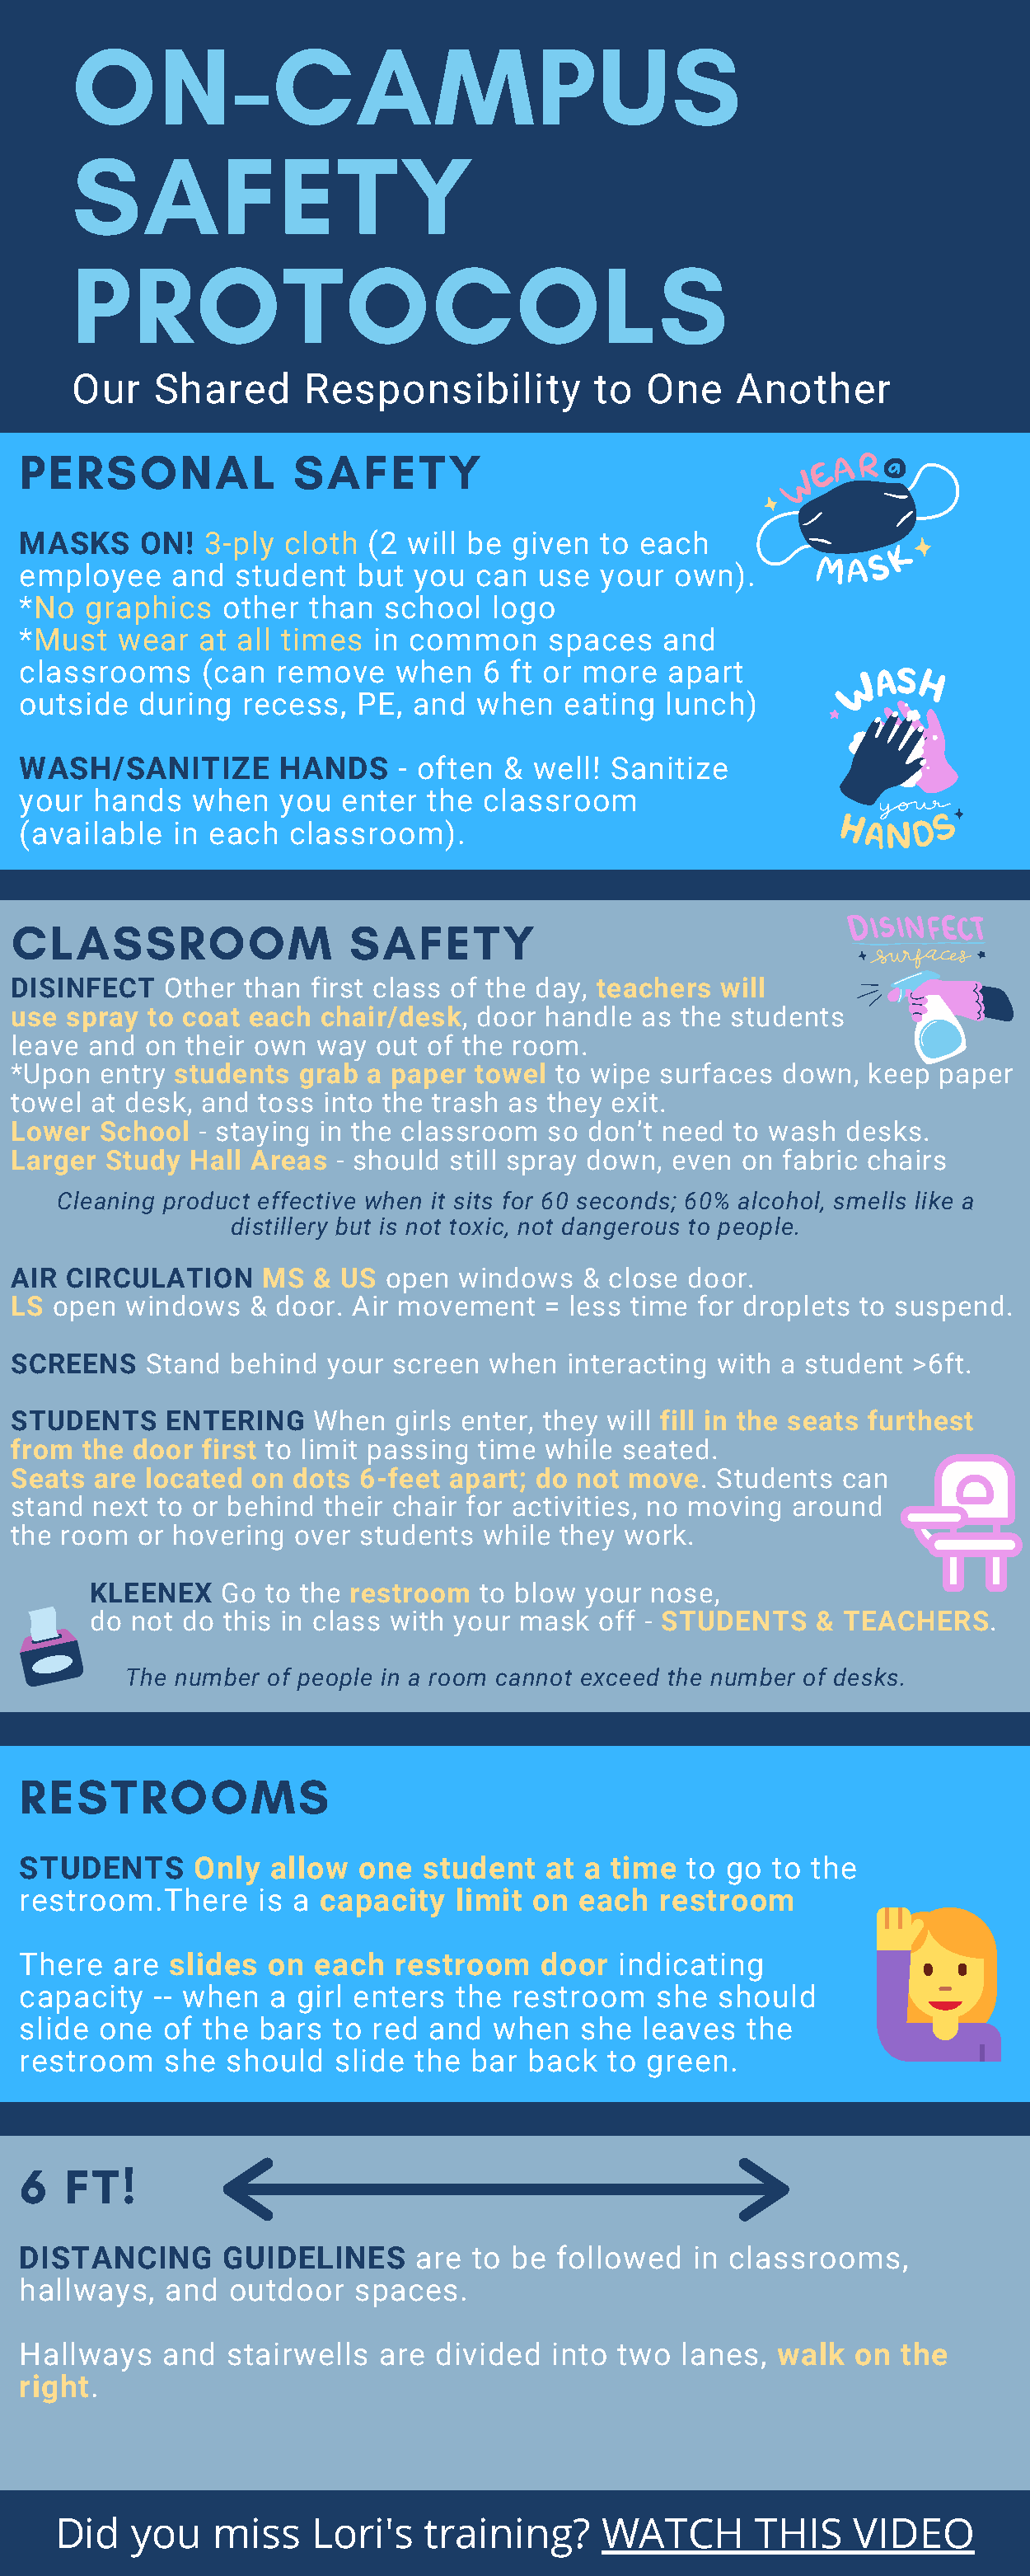
ON-CAMPUS
 SAFETY
 PROTOCOLS
 Our   Shared      Responsibility          to  One    Another
 PERSONAL              SAFETY
 MASKS    ON!  3-ply  cloth  (2 will be given  to each
 employee    and  student   but you  can  use  your  own).
 *No  graphics   other  than  school   logo
 *Must  wear   at all times  in common     spaces   and
 classrooms    (can  remove    when   6 ft or more   apart
 outside  during  recess,   PE, and  when   eating  lunch)
 WASH/SANITIZE       HANDS     - often &  well! Sanitize
 your hands   when   you  enter  the  classroom
 (available  in each  classroom).
 CLASSROOM                  SAFETY
 DISINFECT   Other  than first class of the day, teachers will
 use spray  to coat each  chair/desk, door  handle  as the students
 leave and  on their own way  out of the room.
 *Upon  entry students  grab a paper  towel  to wipe surfaces  down,  keep paper
 towel at desk, and  toss into the trash as they exit.
 Lower  School  - staying in the classroom  so don’t need  to wash  desks.
 Larger Study  Hall Areas  - should still spray down, even  on fabric chairs
 Cleaning product effective when it sits for 60 seconds; 60% alcohol, smells like a
 distillery but is not toxic, not dangerous to people.
 AIR CIRCULATION     MS  & US  open  windows   & close door.
 LS open  windows   & door. Air movement    = less time for droplets to suspend.
 SCREENS    Stand behind  your  screen when   interacting with a student >6ft.
 STUDENTS    ENTERING    When   girls enter, they will fill in the seats furthest
 from  the door first to limit passing time while seated.
 Seats  are located on  dots 6-feet apart; do not move.   Students  can
 stand next  to or behind their chair for activities, no moving around
 the room  or hovering  over students  while they work.
 KLEENEX    Go to the restroom   to blow your nose,
 do  not do this in class with your mask  off - STUDENTS    & TEACHERS.
 The number of people in a room cannot exceed the number of desks.
 RESTROOMS
 STUDENTS      Only  allow  one  student   at a time  to go  to the
 restroom.There     is a capacity   limit on each   restroom
 There  are  slides  on each   restroom   door   indicating
 capacity  -- when   a girl enters  the restroom    she  should
 slide one  of the  bars  to red and   when   she  leaves  the
 restroom   she  should   slide the  bar back   to green.
 6  FT!
 DISTANCING      GUIDELINES     are  to be  followed   in classrooms,
 hallways,  and  outdoor   spaces.
 Hallways   and  stairwells  are  divided  into  two  lanes, walk   on the
 right.
 Did    you   miss    Lori's   training?     WATCH        THIS    VIDEO